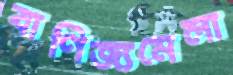
বাণিজ্যমেলা